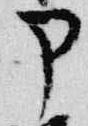
部